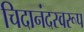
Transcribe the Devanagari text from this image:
चिदानंदस्वरूप